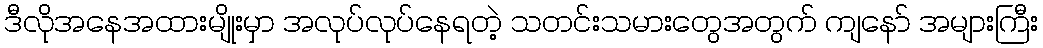
ဒီလိုအနေအထားမျိုးမှာ အလုပ်လုပ်နေရတဲ့ သတင်းသမားတွေအတွက် ကျနော် အများကြီး